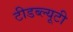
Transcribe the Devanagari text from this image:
टीडब्ल्यूटी